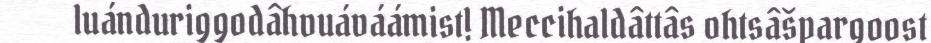
luánduriggodâhvuáváámist! Meccihaldâttâs ohtsâšpargoost